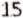
15